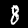
Digit: 8